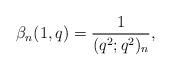
LaTeX: \begin{align*}\beta_n(1,q)=\frac{1}{(q^2;q^2)_n},\end{align*}